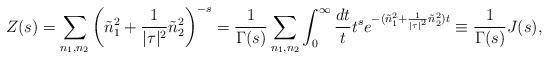
LaTeX: \begin{align*}Z(s)=\sum_{n_1,n_2}\left(\tilde{n}_1^2+\frac {1}{|\tau|^2}\tilde{n}_2^2\right) ^{-s}=\frac{1}{\Gamma (s)}\sum _{n_1,n_2}\int _{0}^{\infty}\frac {dt}{t}t^se^{-(\tilde{n}_1^2+\frac {1}{|\tau|^2}\tilde{n}_2^2)t}\equiv\frac{1} {\Gamma(s)}J(s),\end{align*}